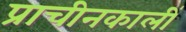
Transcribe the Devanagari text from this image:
प्राचीनकालीं